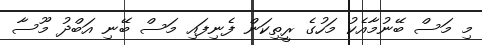
މި މަސް ބޭނުމާއެކު މަހުގެ ރީތިކަން ފެނިފައި މަސް ބޭނި އަބްދު މޫސާ